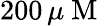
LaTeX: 200\, \mu\mathrm{~M~}